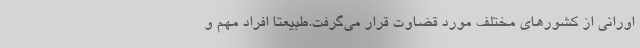
اورانی از کشورهای مختلف مورد قضاوت قرار می‌گرفت.طبیعتا افراد مهم و